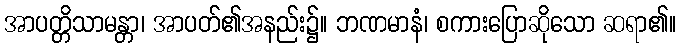
အာပတ္တိသာမန္တာ၊ အာပတ်၏အနည်း၌။ ဘဏမာနံ၊ စကားပြောဆိုသော ဆရာ၏။